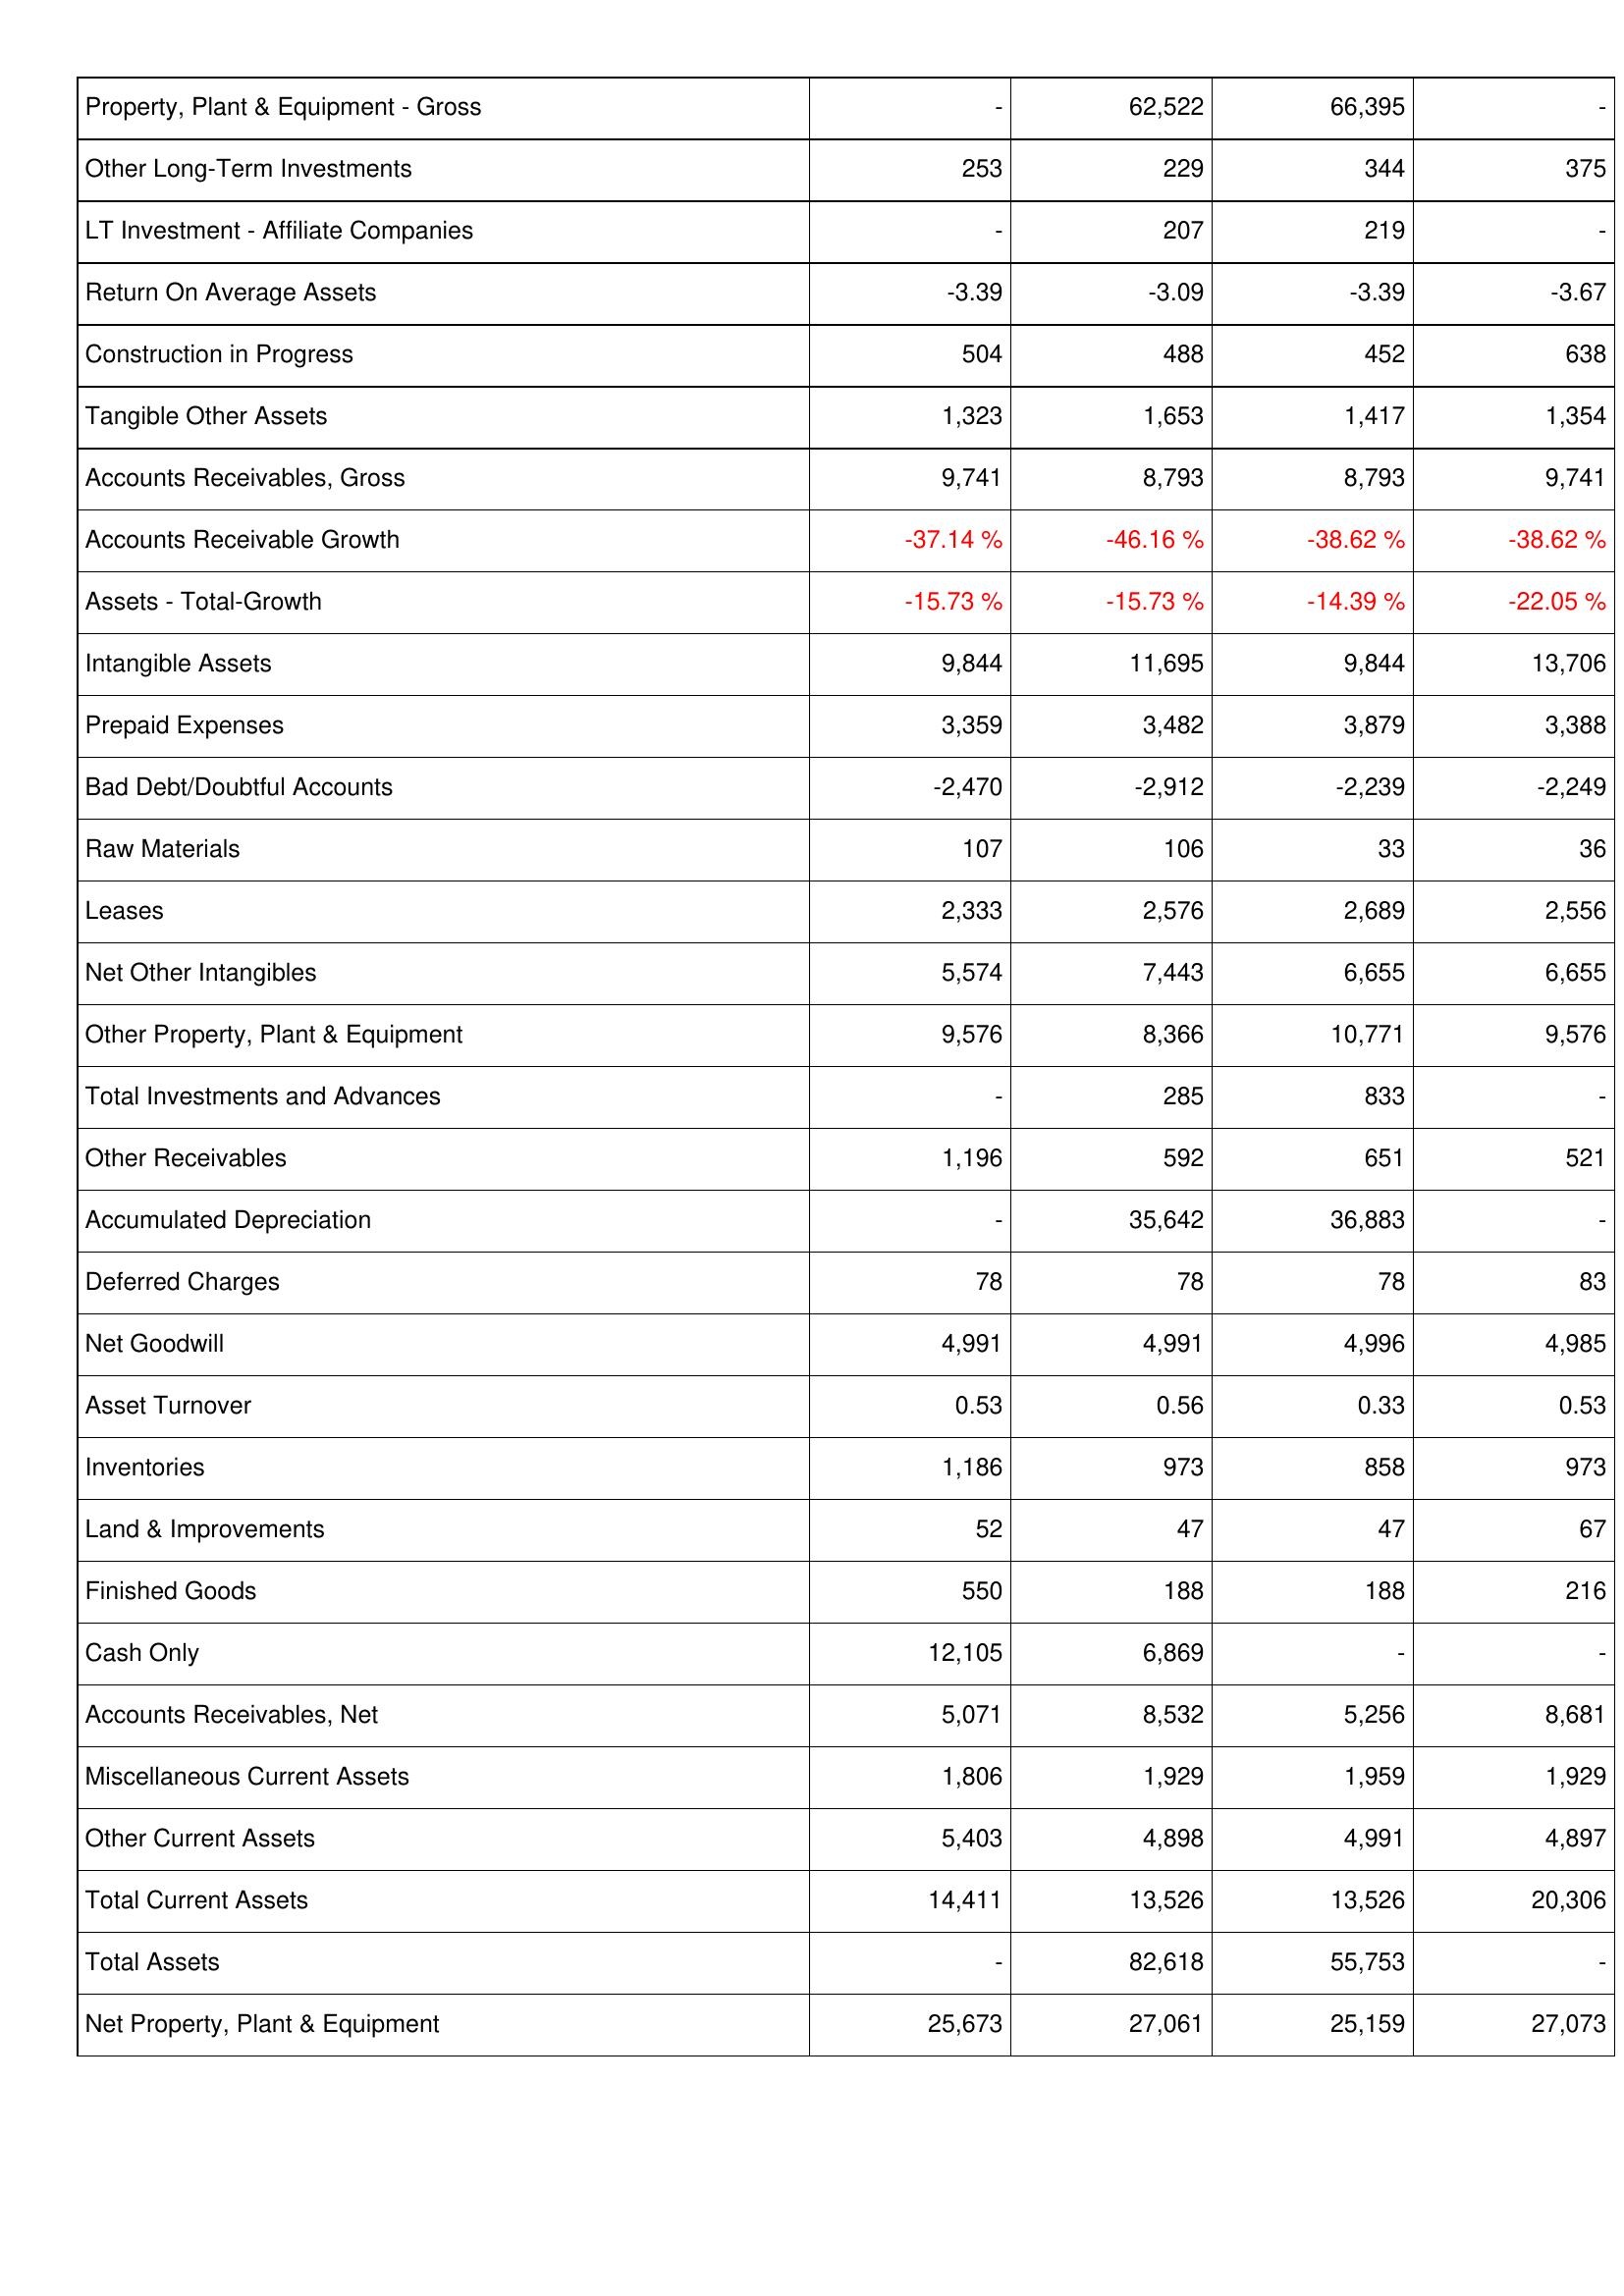
2008: Assets: Property, Plant & Equipment - Gross: -
Other Long-Term Investments: 253
LT Investment - Affiliate Companies: -
Return On Average Assets: -3.39
Construction in Progress: 504
Tangible Other Assets: 1,323
Accounts Receivables, Gross: 9,741
Accounts Receivable Growth: -37.14 %
Assets - Total-Growth: -15.73 %
Intangible Assets: 9,844
Prepaid Expenses: 3,359
Bad Debt/Doubtful Accounts: -2,470
Raw Materials: 107
Leases: 2,333
Net Other Intangibles: 5,574
Other Property, Plant & Equipment: 9,576
Total Investments and Advances: -
Other Receivables: 1,196
Accumulated Depreciation: -
Deferred Charges: 78
Net Goodwill: 4,991
Asset Turnover: 0.53
Inventories: 1,186
Land & Improvements: 52
Finished Goods: 550
Cash Only: 12,105
Accounts Receivables, Net: 5,071
Miscellaneous Current Assets: 1,806
Other Current Assets: 5,403
Total Current Assets: 14,411
Total Assets: -
Net Property, Plant & Equipment: 25,673
2009: Assets: Property, Plant & Equipment - Gross: 62,522
Other Long-Term Investments: 229
LT Investment - Affiliate Companies: 207
Return On Average Assets: -3.09
Construction in Progress: 488
Tangible Other Assets: 1,653
Accounts Receivables, Gross: 8,793
Accounts Receivable Growth: -46.16 %
Assets - Total-Growth: -15.73 %
Intangible Assets: 11,695
Prepaid Expenses: 3,482
Bad Debt/Doubtful Accounts: -2,912
Raw Materials: 106
Leases: 2,576
Net Other Intangibles: 7,443
Other Property, Plant & Equipment: 8,366
Total Investments and Advances: 285
Other Receivables: 592
Accumulated Depreciation: 35,642
Deferred Charges: 78
Net Goodwill: 4,991
Asset Turnover: 0.56
Inventories: 973
Land & Improvements: 47
Finished Goods: 188
Cash Only: 6,869
Accounts Receivables, Net: 8,532
Miscellaneous Current Assets: 1,929
Other Current Assets: 4,898
Total Current Assets: 13,526
Total Assets: 82,618
Net Property, Plant & Equipment: 27,061
2010: Assets: Property, Plant & Equipment - Gross: 66,395
Other Long-Term Investments: 344
LT Investment - Affiliate Companies: 219
Return On Average Assets: -3.39
Construction in Progress: 452
Tangible Other Assets: 1,417
Accounts Receivables, Gross: 8,793
Accounts Receivable Growth: -38.62 %
Assets - Total-Growth: -14.39 %
Intangible Assets: 9,844
Prepaid Expenses: 3,879
Bad Debt/Doubtful Accounts: -2,239
Raw Materials: 33
Leases: 2,689
Net Other Intangibles: 6,655
Other Property, Plant & Equipment: 10,771
Total Investments and Advances: 833
Other Receivables: 651
Accumulated Depreciation: 36,883
Deferred Charges: 78
Net Goodwill: 4,996
Asset Turnover: 0.33
Inventories: 858
Land & Improvements: 47
Finished Goods: 188
Cash Only: -
Accounts Receivables, Net: 5,256
Miscellaneous Current Assets: 1,959
Other Current Assets: 4,991
Total Current Assets: 13,526
Total Assets: 55,753
Net Property, Plant & Equipment: 25,159
2011: Assets: Property, Plant & Equipment - Gross: -
Other Long-Term Investments: 375
LT Investment - Affiliate Companies: -
Return On Average Assets: -3.67
Construction in Progress: 638
Tangible Other Assets: 1,354
Accounts Receivables, Gross: 9,741
Accounts Receivable Growth: -38.62 %
Assets - Total-Growth: -22.05 %
Intangible Assets: 13,706
Prepaid Expenses: 3,388
Bad Debt/Doubtful Accounts: -2,249
Raw Materials: 36
Leases: 2,556
Net Other Intangibles: 6,655
Other Property, Plant & Equipment: 9,576
Total Investments and Advances: -
Other Receivables: 521
Accumulated Depreciation: -
Deferred Charges: 83
Net Goodwill: 4,985
Asset Turnover: 0.53
Inventories: 973
Land & Improvements: 67
Finished Goods: 216
Cash Only: -
Accounts Receivables, Net: 8,681
Miscellaneous Current Assets: 1,929
Other Current Assets: 4,897
Total Current Assets: 20,306
Total Assets: -
Net Property, Plant & Equipment: 27,073